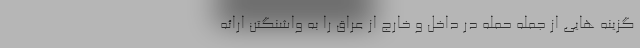
گزینه هایی از جمله حمله در داخل و خارج از عراق را به واشنگتن ارائه